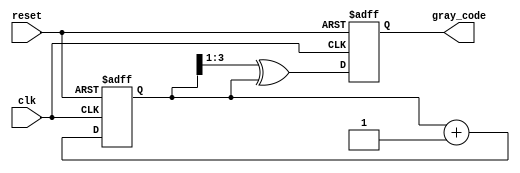
module gray_code_counter #(
    parameter n = 4  // Parameter for the number of bits
)(
    input wire clk,               // Clock input
    input wire reset,             // Asynchronous reset
    output reg [n-1:0] gray_code  // n-bit Gray Code output
);

    reg [n-1:0] binary_counter;   // n-bit binary counter

    // Asynchronous reset and binary counting
    always @(posedge clk or posedge reset) begin
        if (reset) begin
            binary_counter <= 0;    // Initialize binary counter to 0
            gray_code <= 0;         // Initialize Gray Code output to 0
        end else begin
            binary_counter <= binary_counter + 1; // Increment binary counter
            // Convert binary to Gray Code
            gray_code <= (binary_counter >> 1) ^ binary_counter; // Gray Code conversion
        end
    end

endmodule